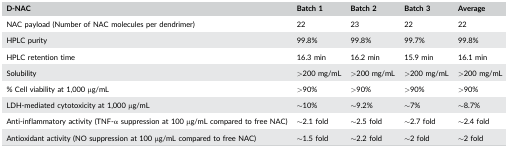
| D‐NAC | Batch 1 | Batch 2 | Batch 3 | Average |
 | --- | --- | --- | --- | --- |
 | NAC payload (Number of NAC molecules per dendrimer) | 22 | 23 | 22 | 22 |
 | HPLC purity | 99.8% | 99.8% | 99.7% | 99.8% |
 | HPLC retention time | 16.3 min | 16.2 min | 15.9 min | 16.1 min |
 | Solubility | >200 mg/mL | >200 mg/mL | >200 mg/mL | >200 mg/mL |
 | % Cell viability at 1,000 μg/mL | >90% | >90% | >90% | >90% |
 | LDH‐mediated cytotoxicity at 1,000 μg/mL | ∼10% | ∼9.2% | ∼7% | ∼8.7% |
 | Anti‐inflammatory activity (TNF‐α suppression at 100 μg/mL compared to free NAC) | ∼2.1 fold | ∼2.5 fold | ∼2.7 fold | ∼2.4 fold |
 | Antioxidant activity (NO suppression at 100 μg/mL compared to free NAC) | ∼1.5 fold | ∼2.2 fold | ∼2 fold | ∼2 fold |